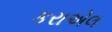
કરાએલ